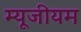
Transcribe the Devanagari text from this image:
म्‍यूजीयम